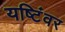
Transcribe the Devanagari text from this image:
यष्टिंवर